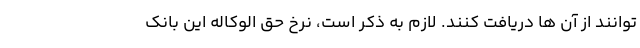
توانند از آن ها دریافت کنند. لازم به ذکر است، نرخ حق الوکاله این بانک